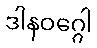
ဒါနဝဂ္ဂေါ